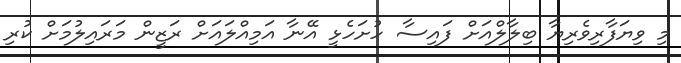
މި ވިޔަފާރިވެރިޔާ ބިލާލްއަށް ފައިސާ ހުށަހެޅީ އޭނާ އަމިއްލައަށް ރަޒީން މަރައިލުމަށް ކުރި